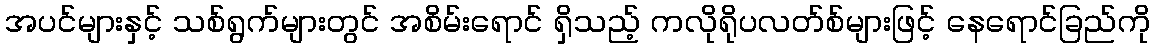
အပင်များနှင့် သစ်ရွက်များတွင် အစိမ်းရောင် ရှိသည့် ကလိုရိုပလတ်စ်များဖြင့် နေရောင်ခြည်ကို